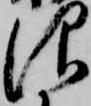
仰